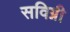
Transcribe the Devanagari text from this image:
सविग्नी